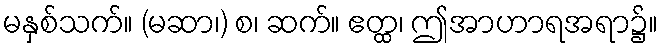
မနှစ်သက်။ (မဆာ၊) စ၊ ဆက်။ ဧတ္ထ၊ ဤအာဟာရအရာ၌။